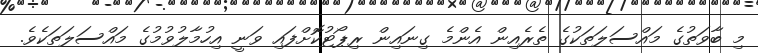
މި ބާވަތުގެ މައްސަލަތަކުގެ ތެރެއިން އެންމެ ގިނައިން ރިޕޯޓުކޮށްފައި ވަނީ އިހުމާލުވުމުގެ މައްސަލަތަކެވެ.